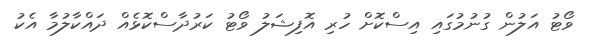
ވޯޓު އަލުން ގުނުމުގައި އިސްކޮށް ހުރި އޮފިޝަލު ވޯޓު ކަރުދާސްކޮޅެއް ދައްކާލުމާ އެކު